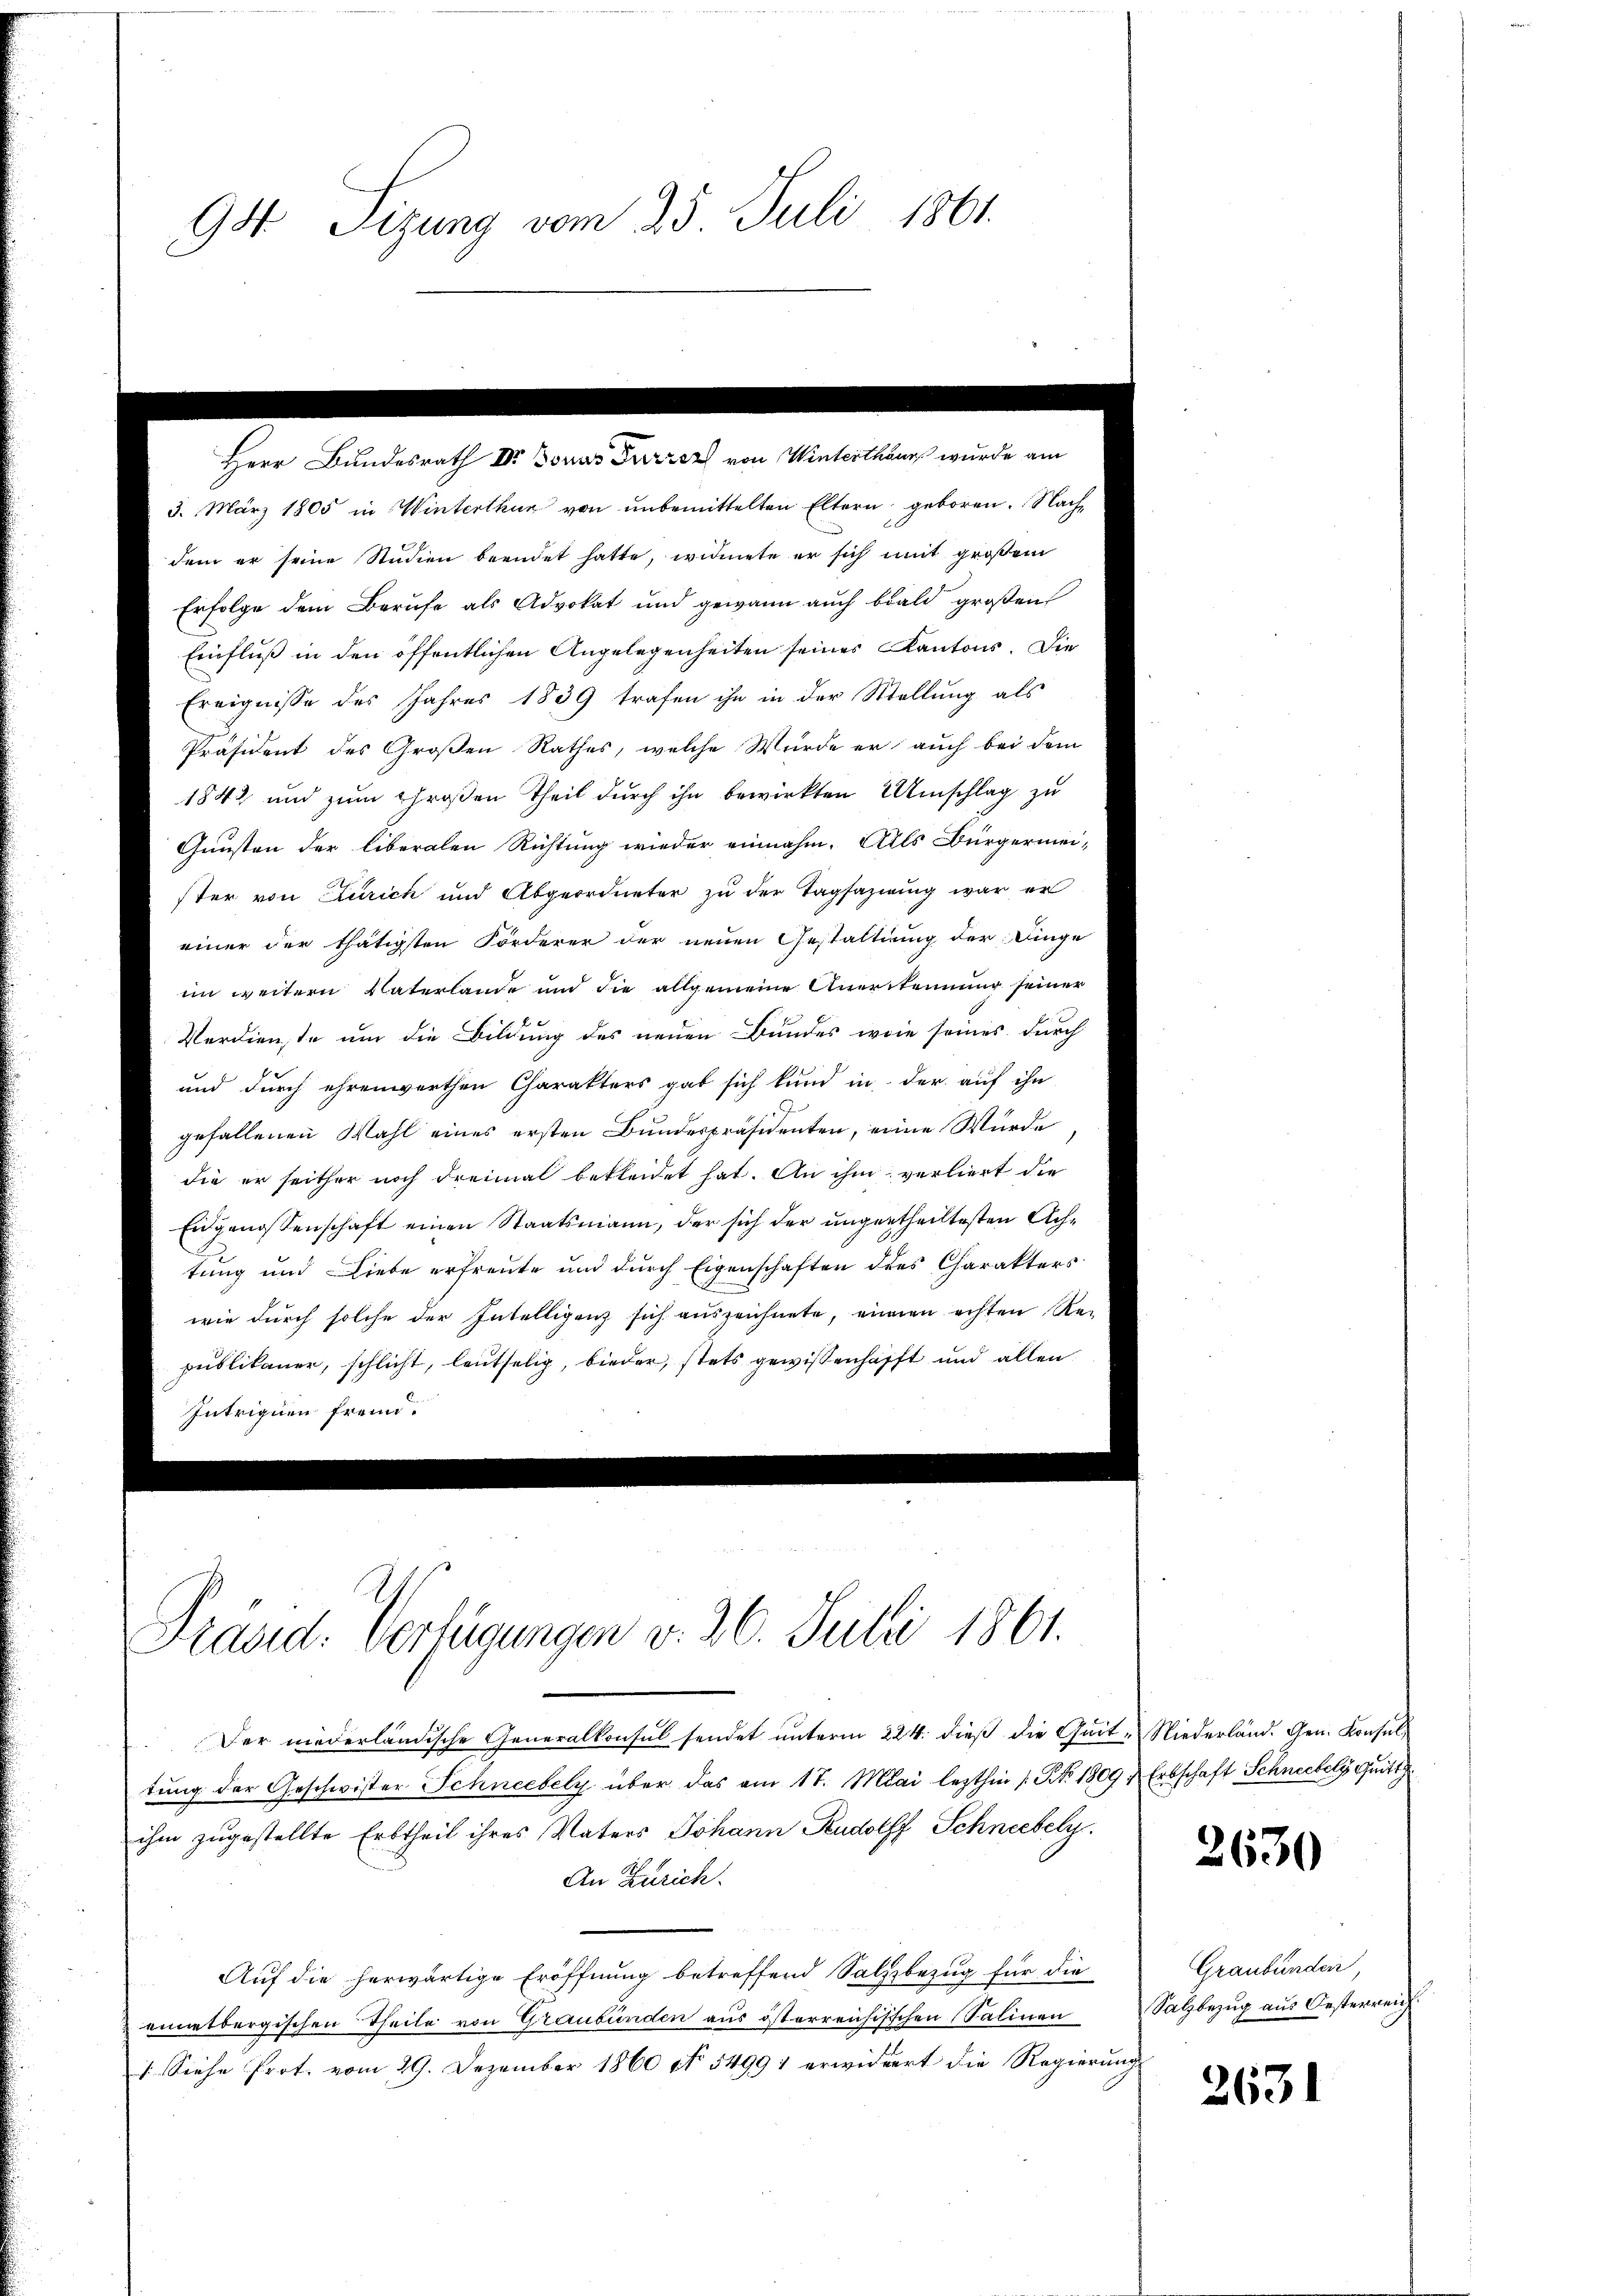
94 Sizung vom 25. Juli 1861.

3. März 1805 in Winterthur von unbemittelten Eltern geboren. Nachdem er seine Studien beendet hatte, widmete er sich mit großem
Erfolge dem Berufe als Advokat und gewann auch bald großen
Einfluß in den öffentlichen Angelegenheiten seines Kantons. Die
Ereignisse des Jahres 1839 trafen ihn in der Stellung als

Präsident des Großen Rathes, welche Würde er auch bei dem
1842 und zum Großen Theil durch ihn bewirkten Umschlag zu
Gunsten der liberalen Richtung wieder einnahm. Alls Bürgermei-
ster von Zürich und Abgeordneter zu der Tagsazirung war er
einer der thätigsten Förderer der neuen Gestaltung der Dinge
im weitern Vaterlande und die allgemeine Anerkennung seiner
Verdienste um die Bildung des neuen Bundes wie seines durch
und durch ehrenwerthen Charakters gab sich kund in der auf ihn
gefallenen Wahl eines ersten Bundespräsidenten, eine Würde
die er seither noch dreimal bekleidet hat. An ihm verliert die
Eidgenossenschaft einen Staatsmann, der sich der ungertheiltesten Achtung und Liebe erfreute und durch Eigenschaften des Charakters
wie durch solche der Intelligenz sich auszeichnete, einen achten Re-
publikaner, schlicht, leutselig, bieder, stets gewissenhaft und allen

Herr Bundesrath Dr Bonas Furrer v.

Präsid. Verfügungen v. 26. Juli 1861.

Der niederländische Generalkonsul sendet unterm 224. dieß die Quit-Niederländ. Gen. Konsuls
tung der Geschwister Schneebely über das am 17. Mai lezthin /: No 1809, Erbschaft Schneebely quitt
ihm zugestellte Erbtheil ihres Vaters Johann Rudolff Schneebely
An Zürich.
Auf die herwärtige Eröffnung betreffend Salzbezug für die
einnetbergischen Theile von Graubünden aus österreichischen Salinen
1. Siehe Prot. vom 29. Dezember 1860 No 54991 erwidert die Regierŭng

2630

Graubünden,
Salzbezug aus Oesterreich

2631